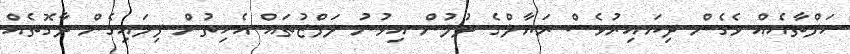
ހަފްތާއެއް ވެގެން ދިޔައިރުވެސް ރަޔާލްގެ ދުލުން އިވުނު ލަފްޒުތައް އެހިތުން ފިލައިގެން ދާގޮތެއް